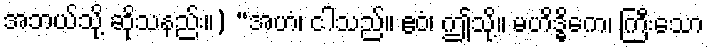
အဘယ်သို့ ဆိုသနည်း။) “အဟံ၊ ငါသည်။ ဧဝံ၊ ဤသို့။ မဟိဒ္ဓိကေ၊ ကြီးသော